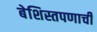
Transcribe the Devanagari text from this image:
बेशिस्तपणाची